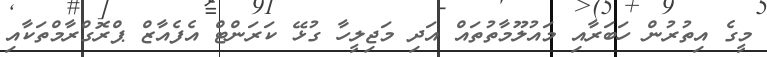
މީގެ އިތުރުން ހަބަރާއި މައުލޫމާތުތައް އަދި މަޖިލީހާ ގުޅޭ ކަރަންޓް އެފެއާޒް ޕްރޮގްރާމްތަކާއި